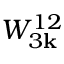
W _ { 3 { \bf k } } ^ { 1 2 }